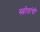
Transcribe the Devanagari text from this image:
स्त्रोतांची